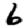
Digit: 6